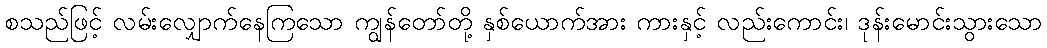
စသည်ဖြင့် လမ်းလျှောက်နေကြသော ကျွန်တော်တို့ နှစ်ယောက်အား ကားနှင့် လည်းကောင်း၊ ဒုန်းမောင်းသွားသော